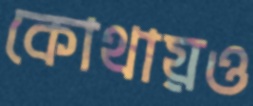
কোথায়ও